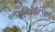
સમયાતીત